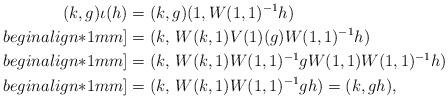
LaTeX: \begin{align*}(k, g) \iota(h) & = (k, g) (1, W(1, 1)^{-1} h)\\begin{align*}1mm]& = (k,\, W(k, 1) V(1)(g) W(1, 1)^{-1} h)\\begin{align*}1mm]& = (k, \,W(k, 1) W(1, 1)^{-1} g W(1, 1) W(1, 1)^{-1} h)\\begin{align*}1mm]& = (k,\, W(k, 1) W(1, 1)^{-1} g h) = (k, g h), \end{align*}